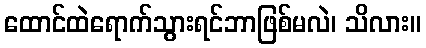
ထောင်ထဲရောက်သွားရင်ဘာဖြစ်မလဲ၊ သိလား။